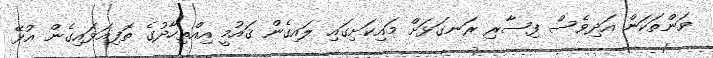
ވަންތަކަން އަދިވެސް ފިސާރި ރަނގަޅަށް މައިކަށިގައި ލައިގެން ޤައުމީ އިއްތިހާދުގެ ތޮފިއަޅައިގެން އުޅޭ